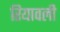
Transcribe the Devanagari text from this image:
रियावली